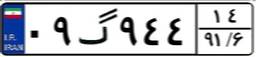
۰۹گ۹۴۴۱۴